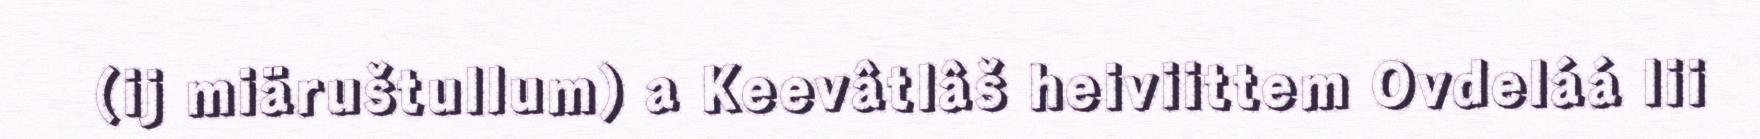
(ij miäruštullum) a Keevâtlâš heiviittem Ovdeláá lii